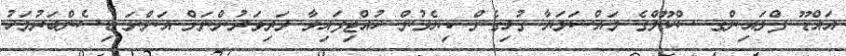
އައްޑޫ ފްލައިންގ ސްކޫލްގެ މައްސަލަޔާ ގުޅިގެން ކިޔެވުން ހުއްޓިފައިވާ ދަރިވަރުންނަށް އަންނަ ޑިސެންބަރުމަހު